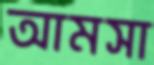
আমসা